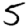
Digit: 5